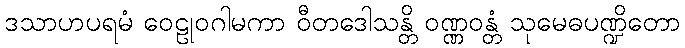
ဒသာဟပရမံ ဝေဠုဝဂါမကာ ဝီတဒေါသန္တိ ဝဏ္ဏဝန္တံ သုမေဓပဏ္ဍိတော